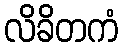
လိခိတကံ